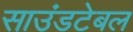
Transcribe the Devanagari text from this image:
साउंडटेबल